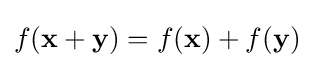
f(\mathbf {x} +\mathbf {y} )=f(\mathbf {x} )+f(\mathbf {y} )